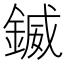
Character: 𨩆